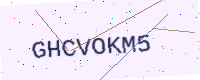
Text: GHCVOKM5